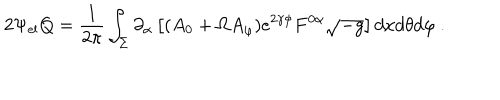
2 \Psi _ { \mathrm { e l } } Q = \frac { 1 } { 2 \pi } \int _ { \Sigma } \partial _ { \alpha } \left[ ( A _ { 0 } + \Omega A _ { \varphi } ) e ^ { 2 \gamma \phi } F ^ { 0 \alpha } \sqrt { - g } \right] d x d \theta d \varphi \ .